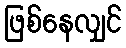
ဖြစ်နေလျှင်